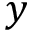
y